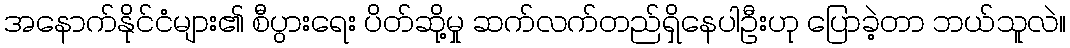
အနောက်နိုင်ငံများ၏ စီပွားရေး ပိတ်ဆို့မှု ဆက်လက်တည်ရှိနေပါဦးဟု ပြောခဲ့တာ ဘယ်သူလဲ။